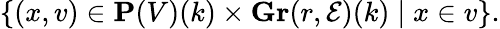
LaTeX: \{ (x,v)\in\mathbf{P}(V)(k)\times\mathbf{Gr}(r,{\mathcal{E}})(k)\mid x\in v\} .